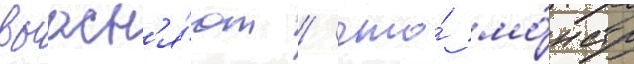
выасн'я́ют / что́ мо́нстр